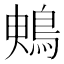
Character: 𪀙